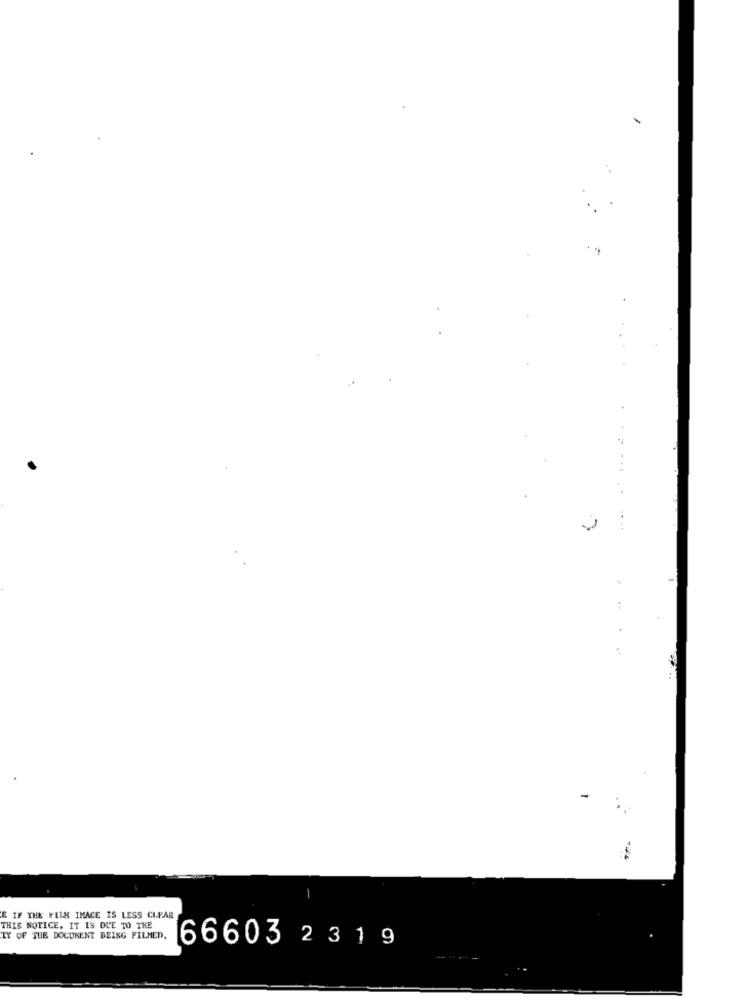
........
.. .
:
-
E IF THE FILM IMAGE IS LESS CIFAR
THIS NOTICE, IT IS DUE TO THE
TY OF THE DOCUMENT BEING PILMED.
66603 2319